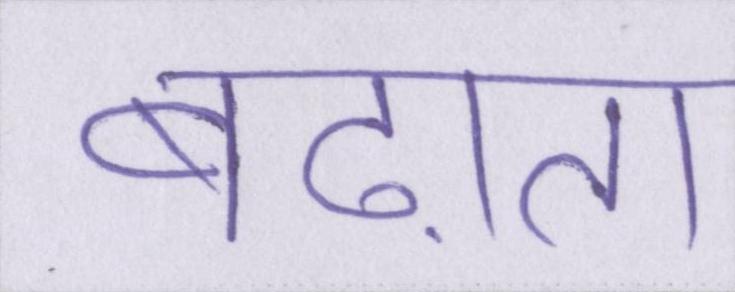
बढ़ाता